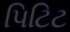
પિટિટ